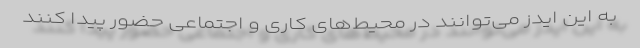
به این ایدز می‌‌توانند در محیط‌‌های کاری و اجتماعی حضور پیدا کنند